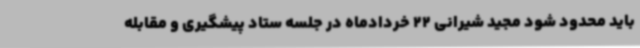
باید محدود شود مجید شیرانی 22 خردادماه در جلسه ستاد پیشگیری و مقابله